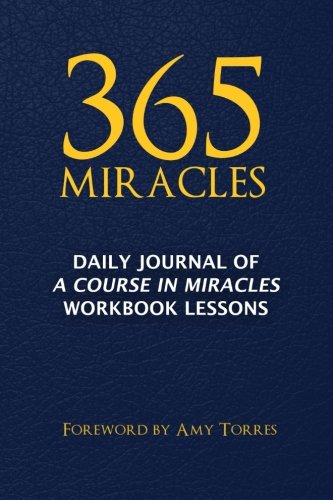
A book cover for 365 Miracles: Daily Journal of A Course In Miracles Workbook Lessons; MindPress Media; Self-Help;